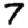
Digit: 7